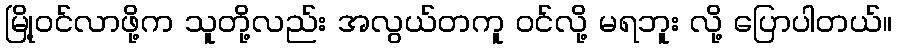
မြို့ဝင်လာဖို့က သူတို့လည်း အလွယ်တကူ ဝင်လို့ မရဘူး လို့ ပြောပါတယ်။